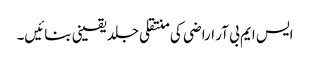
ایس ایم بی آر اراضی کی منتقلی جلد یقینی بنائیں۔